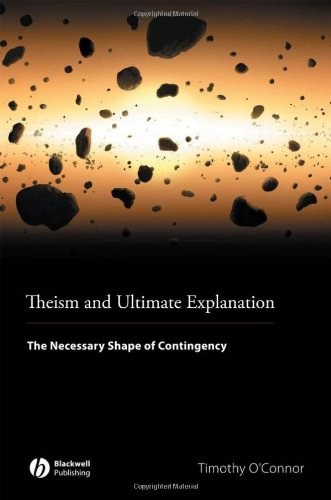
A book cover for Theism and Ultimate Explanation: The Necessary Shape of Contingency; Timothy O'Connor; Religion & Spirituality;